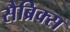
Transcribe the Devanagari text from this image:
सैब्रिक्स